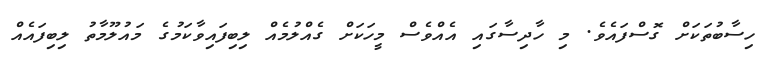
ހިސާބުތަކަށް ގޮސްފައެވެ. މި ހާދިސާގައި އެއްވެސް މީހަކަށް ގެއްލުމެއް ލިބިފައިވާކަމުގެ މައުލޫމާތު ލިބިފައެއް